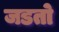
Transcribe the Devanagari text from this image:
जडतो